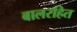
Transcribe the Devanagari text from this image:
बालरहित